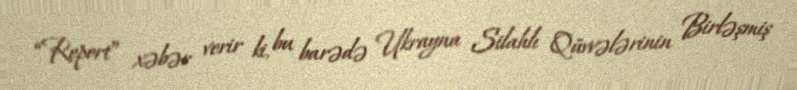
“Report” xəbər verir ki, bu barədə Ukrayna Silahlı Qüvvələrinin Birləşmiş